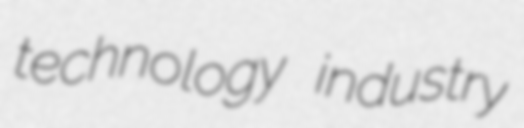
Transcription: technology industry